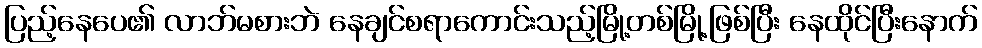
ပြည့်နေပေ၏ လာဘ်မစားဘဲ နေချင်စရာကောင်းသည့်မြို့တစ်မြို့ဖြစ်ပြီး နေထိုင်ပြီးနောက်